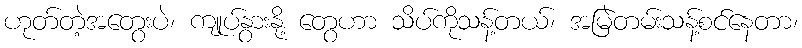
ဟုတ်တဲ့အတွေးပဲ၊ ကျုပ်နွားနို့ တွေဟာ သိပ်ကိုသန့်တယ်၊ အမြဲတမ်းသန့်စင်နေတာ၊